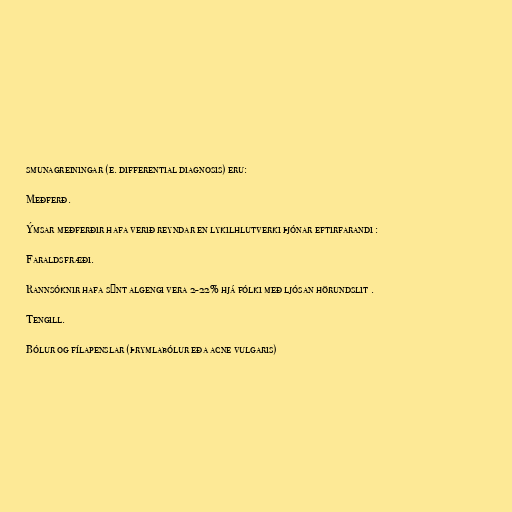
smunagreiningar (e. differential diagnosis) eru:

Meðferð.

Ýmsar meðferðir hafa verið reyndar en lykilhlutverki þjónar eftirfarandi :

Faraldsfræði.

Rannsóknir hafa sýnt algengi vera 2-22% hjá fólki með ljósan hörundslit .

Tengill.

Bólur og fílapenslar (þrymlabólur eða acne vulgaris)